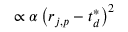
\propto \alpha \left( { r } _ { j , p } - { t } _ { d } ^ { * } \right) ^ { 2 }